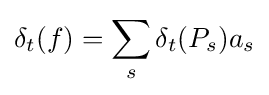
\delta _{t}(f)=\sum _{s}\delta _{t}(P_{s})a_{s}